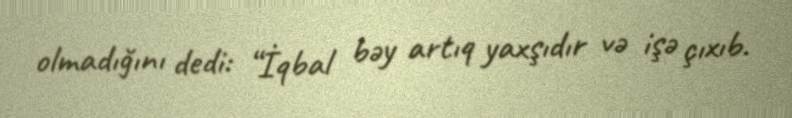
olmadığını dedi: “İqbal bəy artıq yaxşıdır və işə çıxıb.